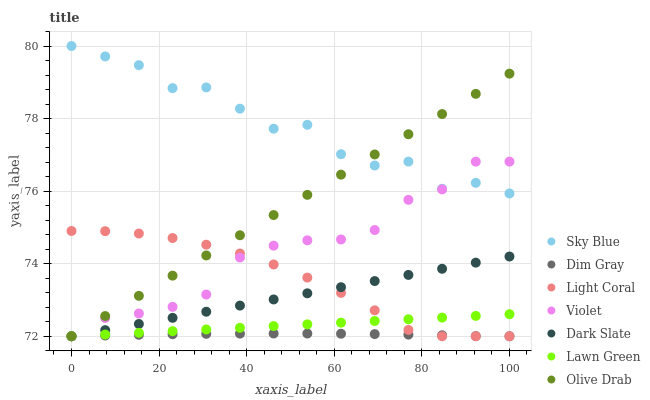
| xaxis_label | Sky Blue | Dim Gray | Light Coral | Violet | Dark Slate | Lawn Green | Olive Drab |
 | --- | --- | --- | --- | --- | --- | --- | --- |
 | 0 | 80 | 72 | 74.9 | 72 | 72 | 72 | 72 |
 | 7.69 | 79.7 | 72 | 74.9 | 72.5 | 72.2 | 72 | 72.6 |
 | 15.4 | 79.5 | 72 | 74.8 | 72.6 | 72.3 | 72.1 | 73.1 |
 | 23.1 | 78.8 | 72.1 | 74.7 | 72.8 | 72.5 | 72.1 | 73.7 |
 | 30.8 | 78.9 | 72.1 | 74.5 | 73.1 | 72.7 | 72.2 | 74.2 |
 | 38.5 | 78.3 | 72.1 | 74.3 | 74.2 | 72.8 | 72.2 | 74.8 |
 | 46.2 | 77.7 | 72.1 | 74 | 74.5 | 73 | 72.3 | 75.3 |
 | 53.8 | 77.8 | 72.1 | 73.6 | 74.6 | 73.2 | 72.3 | 75.9 |
 | 61.5 | 77 | 72.1 | 73.2 | 74.7 | 73.4 | 72.4 | 76.5 |
 | 69.2 | 76.7 | 72.1 | 72.7 | 74.9 | 73.5 | 72.4 | 77 |
 | 76.9 | 76.8 | 72 | 72.2 | 75.8 | 73.7 | 72.5 | 77.6 |
 | 84.6 | 76.1 | 72 | 72 | 76 | 73.9 | 72.5 | 78.1 |
 | 92.3 | 76.2 | 72 | 72 | 76.8 | 74 | 72.6 | 78.7 |
 | 100 | 75.9 | 72 | 72 | 76.8 | 74.2 | 72.6 | 79.2 |